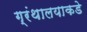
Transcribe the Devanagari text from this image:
ग्रंथालयाकडे